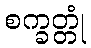
စက္ခတ္တုံ